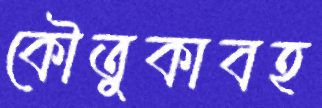
কৌতুকাবহ